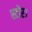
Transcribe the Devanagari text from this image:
स्टोर।